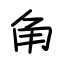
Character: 角